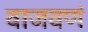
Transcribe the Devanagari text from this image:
वाजवणं